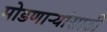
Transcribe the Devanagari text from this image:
मोडणाऱ्यांसाठी